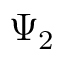
\Psi _ { 2 }